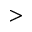
>